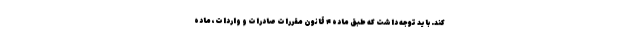
کند. باید توجه داشت که طبق ماده ۴ قانون مقررات صادرات و واردات، ماده